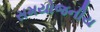
સમયોજનીય